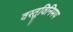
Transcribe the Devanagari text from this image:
वस्तूविनिमय